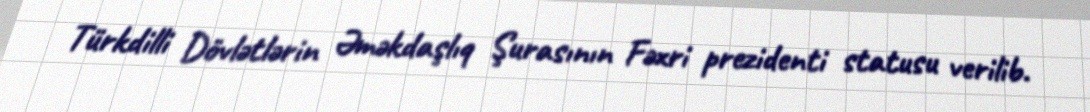
Türkdilli Dövlətlərin Əməkdaşlıq Şurasının Fəxri prezidenti statusu verilib.